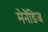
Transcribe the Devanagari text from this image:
मेनेंडिज